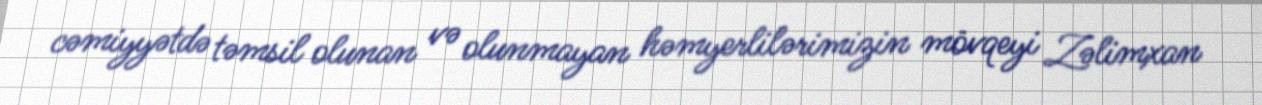
cəmiyyətdə təmsil olunan və olunmayan həmyerlilərimizin mövqeyi Zəlimxan